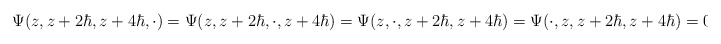
\begin{align*}\Psi(z,z+2\hbar,z+4\hbar,\cdot)=\Psi(z,z+2\hbar,\cdot,z+4\hbar)=\Psi(z,\cdot,z+2\hbar,z+4\hbar)=\Psi(\cdot,z,z+2\hbar,z+4\hbar)=0\end{align*}